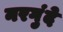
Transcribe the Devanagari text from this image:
नरगुंदे